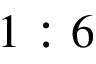
1 : 6